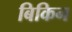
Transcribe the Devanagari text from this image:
बिकिन